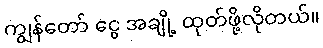
ကျွန်တော် ငွေ အချို့ ထုတ်ဖို့လိုတယ်။